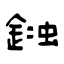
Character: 鉵